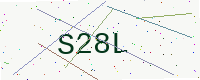
Text: S28L